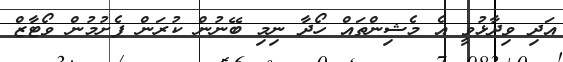
އަދި ވިދާޅުވީ އެ މެޝިންތައް ހޯދާ ނިމި ބޭނުން ކުރަން ފެށުމުން ވޯޓާޒް